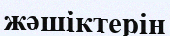
жәшіктерін